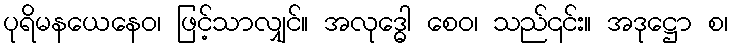
ပုရိမနယေနေဝ၊ ဖြင့်သာလျှင်။ အလုဒ္ဓေါ စေဝ၊ သည်၎င်း။ အဒုဋ္ဌော စ၊